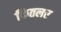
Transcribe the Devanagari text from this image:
कितलर